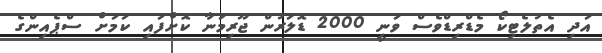
އަދި އެތުލެޓިކޯ މެޑްރިޑްވެސް ވަނީ 2000 ޑޮލަރުން ޖޫރިމަނާ ކޮށްފައި ކަމަށް ސްޕެއިންގެ